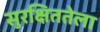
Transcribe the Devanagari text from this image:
सुरक्षिततेला